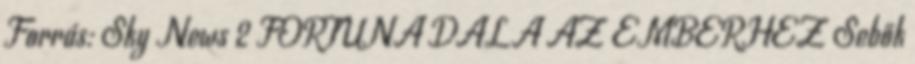
Forrás: Sky News 2 FORTUNA DALA AZ EMBERHEZ Sebők